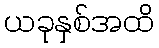
ယခုနှစ်အထိ